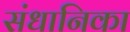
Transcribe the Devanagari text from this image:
संधानिका